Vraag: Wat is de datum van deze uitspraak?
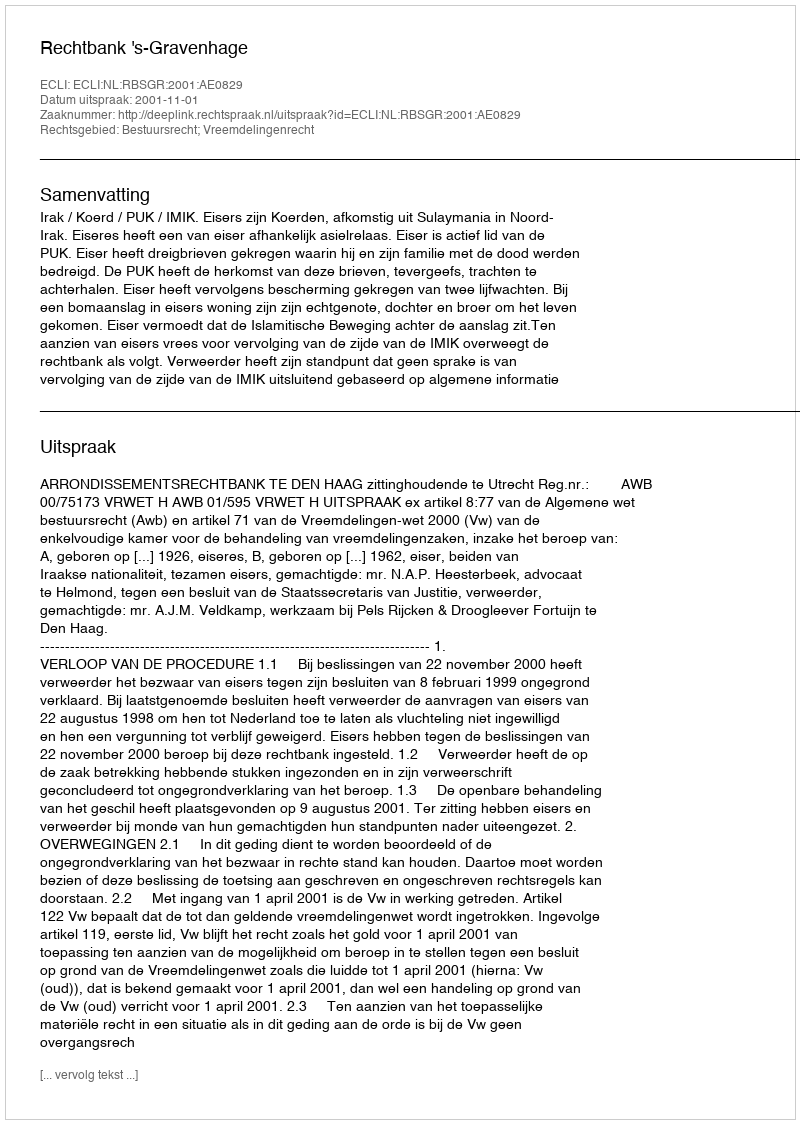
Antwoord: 2001-11-01